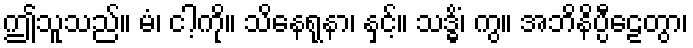
ဤသူသည်။ မံ၊ ငါ့ကို။ သိနေရုနာ၊ နှင့်။ သဒ္ဓိံ၊ ကွ။ အဘိနိပ္ပီဠေတွာ၊